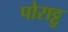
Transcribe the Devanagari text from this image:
पोराट्टु